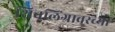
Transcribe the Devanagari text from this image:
शिवलिंगावरच्या